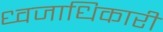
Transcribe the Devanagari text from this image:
ध्वजाधिकारी